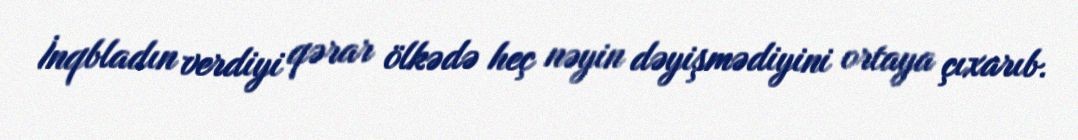
İnqbladın verdiyi qərar ölkədə heç nəyin dəyişmədiyini ortaya çıxarıb.